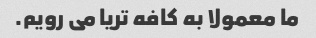
ما معمولا به کافه تریا می رویم.